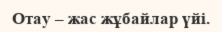
Отау – жас жұбайлар үйі.